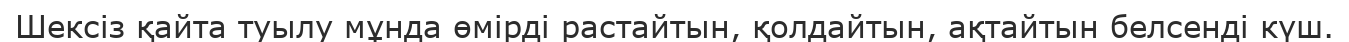
Шексіз қайта туылу мұнда өмірді растайтын, қолдайтын, ақтайтын белсенді күш.